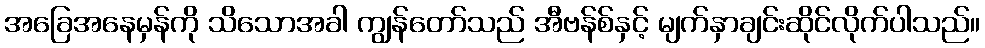
အခြေအနေမှန်ကို သိသောအခါ ကျွန်တော်သည် အီဗန်စ်နှင့် မျက်နှာချင်းဆိုင်လိုက်ပါသည်။